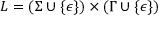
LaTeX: L = ( \Sigma \cup \{ \epsilon \} ) \times ( \Gamma \cup \{ \epsilon \} )